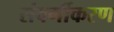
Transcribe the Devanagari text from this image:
संवर्गीकरण